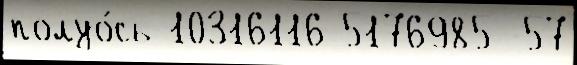
полуо́сь 10316116 5176985 -57